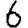
Digit: 6